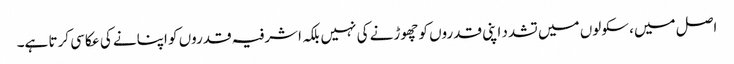
اصل میں، سکولوں میں تشدد اپنی قدروں کو چھوڑنے کی نہیں بلکہ اشرفیہ قدروں کو اپنانے کی عکاسی کرتا ہے۔